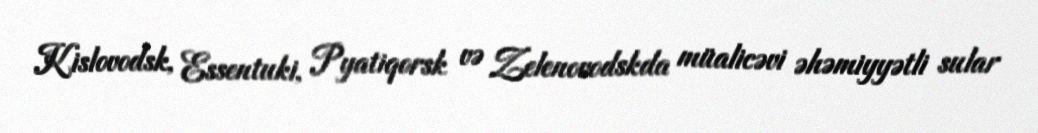
Kislovodsk, Essentuki, Pyatiqorsk və Zelenovodskda müalicəvi əhəmiyyətli sular